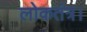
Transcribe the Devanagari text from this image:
लोकतंत्र।